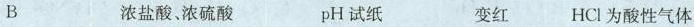
B 浓盐酸浓硫酸 pH试纸 变红 HCl为酸性气体